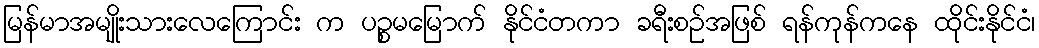
မြန်မာအမျိုးသားလေကြောင်း က ပဉ္စမမြောက် နိုင်ငံတကာ ခရီးစဉ်အဖြစ် ရန်ကုန်ကနေ ထိုင်းနိုင်ငံ၊